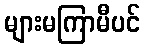
များမကြာမီပင်